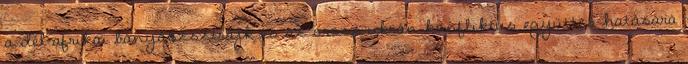
a dél-afrikai bányászsztrájk és az orosz-ukrán konfliktus együttes hatására